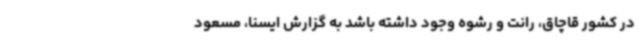
در کشور قاچاق، رانت و رشوه وجود داشته باشد به گزارش ایسنا، مسعود